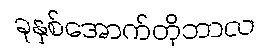
ခုနှစ်အောက်တိုဘာလ